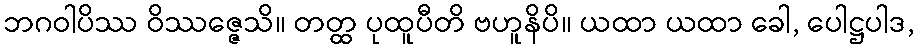
ဘဂဝါပိဿ ဝိဿဇ္ဇေသိ။ တတ္ထ ပုထူပီတိ ဗဟူနိပိ။ ယထာ ယထာ ခေါ, ပေါဋ္ဌပါဒ,